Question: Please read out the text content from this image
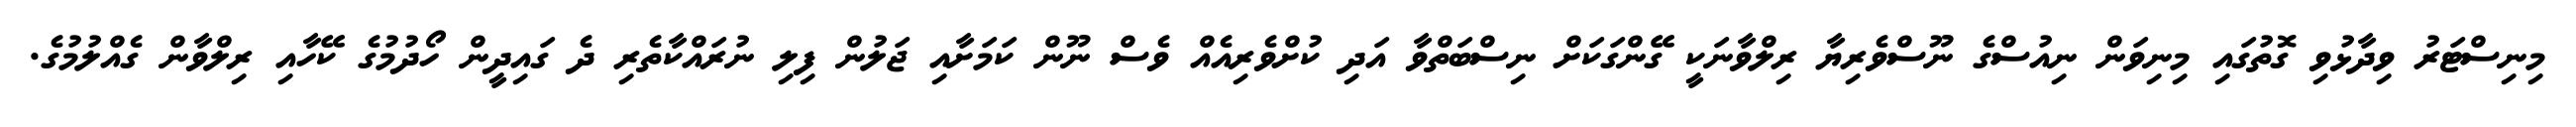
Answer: މިނިސްޓަރު ވިދާޅުވި ގޮތުގައި މިނިވަން ނިއުސްގެ ނޫސްވެރިޔާ ރިލްވާނަކީ ގޭންގަކަށް ނިސްބަތްވާ އަދި ކުށްވެރިއެއް ވެސް ނޫން ކަމަށާއި ޖަލުން ފިލި ނުރައްކާތެރި ދެ ގައިދީން ހޯދުމުގެ ކޭހާއި ރިލްވާން ގެއްލުމުގެ.